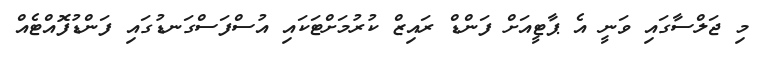
މި ޖަލްސާގައި ވަނީ އެ ޕާޓީއަށް ފަންޑް ރައިޒް ކުރުމަށްޓަކައި އުސްފަސްގަނޑުގައި ފަންޑުފޮއްޓެއް